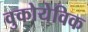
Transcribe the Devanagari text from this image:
वुकोयेविक